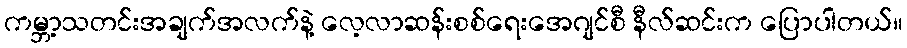
ကမ္ဘာ့သတင်းအချက်အလက်နဲ့ လေ့လာဆန်းစစ်ရေးအေဂျင်စီ နီလ်ဆင်းက ပြောပါတယ်။